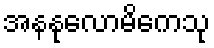
အနနုလောမိကေသု